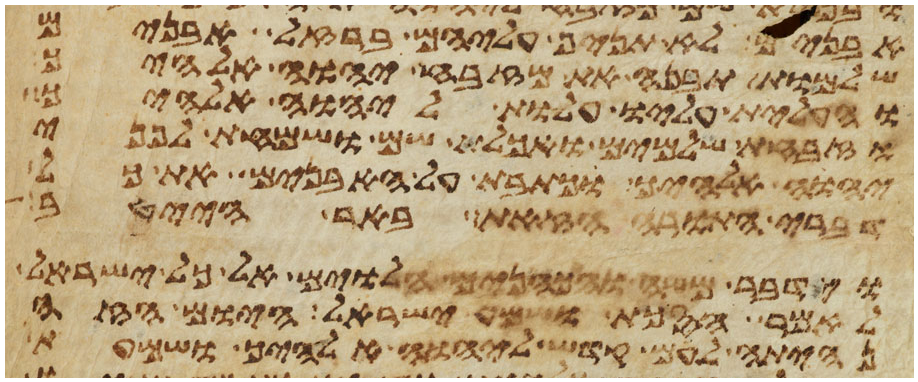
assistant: אבנים לא תניף עליהם ברזל אבנים
שלמות תבנה את מזבח יהוה אלהיך
והעלית עליו עלות ליהוה אלהיך
וזבחת שלמים ואכלת שם ושמחת לפני
יהוה אלהיך וכתבת על האבנים את כל
דברי התורה הזאת באר הייטב
וידבר משה והכהנים הלוים אל כל ישראל
לאמר הסכת ושמע ישראל היום הזה
נהית לעם קדש ליהוה אלהיך ושמעת